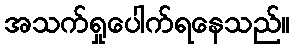
အသက်ရှုပေါက်ရနေသည်။